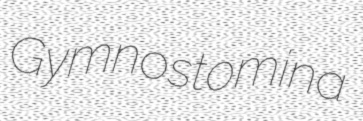
Gymnostomina